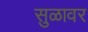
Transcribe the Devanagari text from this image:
सुळावर